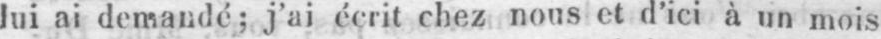
lui ni demandé; j’ai écrit chez nous et d’ici à un mois